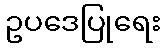
ဥပဒေပြုရေး